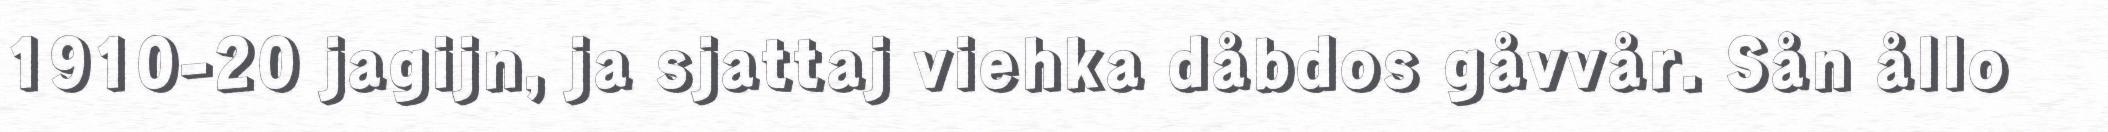
1910-20 jagijn, ja sjattaj viehka dåbdos gåvvår. Sån ållo